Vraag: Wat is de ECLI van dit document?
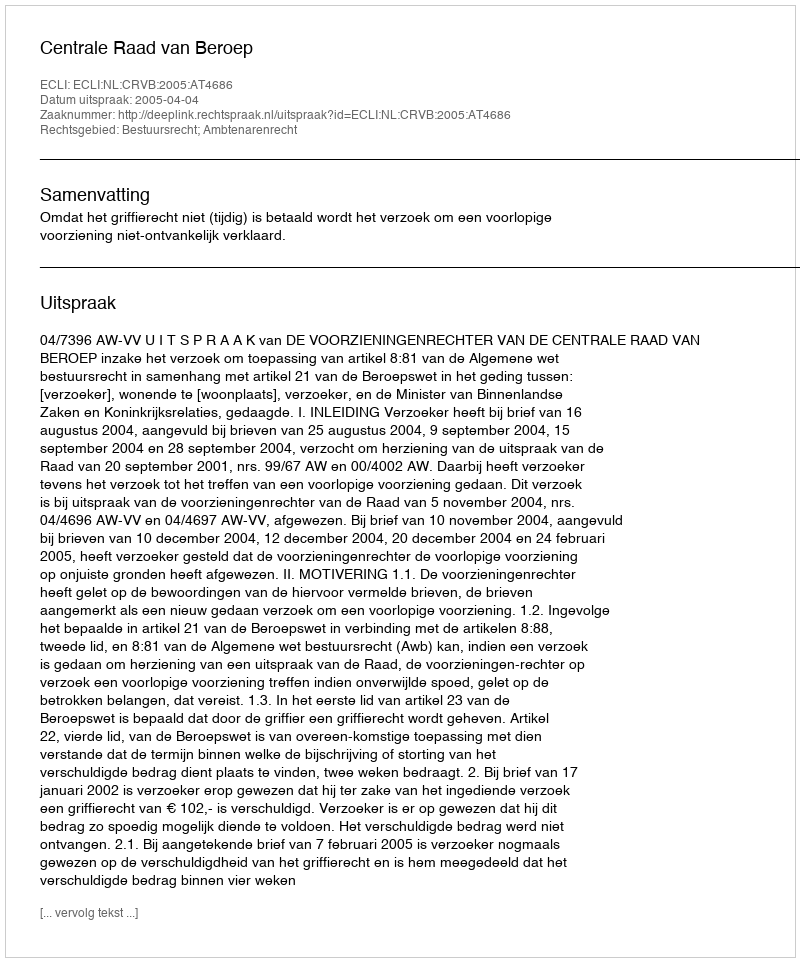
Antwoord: ECLI:NL:CRVB:2005:AT4686